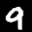
Label: 9